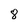
Character: 8